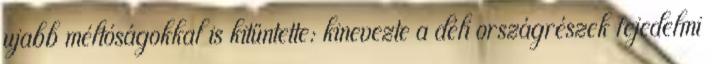
ujabb méltóságokkal is kitüntette: kinevezte a déli országrészek fejedelmi